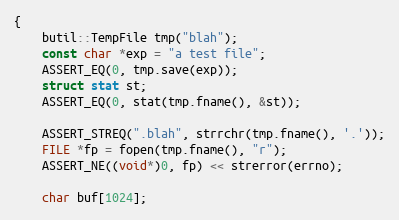
Language: C++
{
    butil::TempFile tmp("blah");
    const char *exp = "a test file";
    ASSERT_EQ(0, tmp.save(exp));
    struct stat st;
    ASSERT_EQ(0, stat(tmp.fname(), &st));

    ASSERT_STREQ(".blah", strrchr(tmp.fname(), '.'));
    FILE *fp = fopen(tmp.fname(), "r");
    ASSERT_NE((void*)0, fp) << strerror(errno);

    char buf[1024];